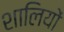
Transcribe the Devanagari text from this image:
शालियों